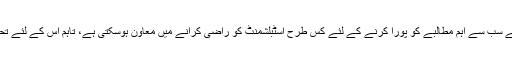
لیکن دوسری جانب وفاق کے لئے بڑا کڑا چیلنج بھی ہے کہ وہ ایم کیو ایم پاکستان کے سب سے اہم مطالبے کو پورا کرنے کے لئے کس طرح اسٹبلشمنٹ کو راضی کرانے میں معاون ہوسکتی ہے، تاہم اس کے لئے تحریک انصاف کو سب سے پہلے اپنے درمیان ہی اختلافات کا سونامی کو روکنا ہوگا۔